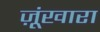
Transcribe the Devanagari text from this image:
ज़ूंखारा